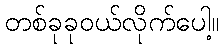
တစ်ခုခုဝယ်လိုက်ပေါ့။